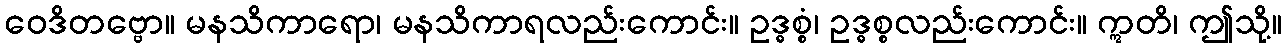
ဝေဒိတဗ္ဗော။ မနသိကာရော၊ မနသိကာရလည်းကောင်း။ ဥဒ္ဓစ္စံ၊ ဥဒ္ဓစ္စလည်းကောင်း။ ဣတိ၊ ဤသို့။